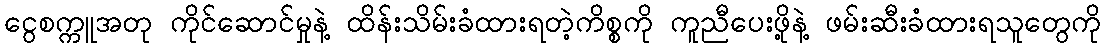
ငွေစက္ကူအတု ကိုင်ဆောင်မှုနဲ့ ထိန်းသိမ်းခံထားရတဲ့ကိစ္စကို ကူညီပေးဖို့နဲ့ ဖမ်းဆီးခံထားရသူတွေကို